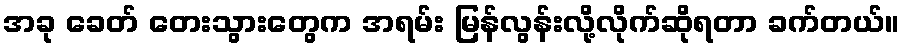
အခု ခေတ် တေးသွားတွေက အရမ်း မြန်လွန်းလို့လိုက်ဆိုရတာ ခက်တယ်။